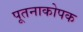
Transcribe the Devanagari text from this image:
पूतनाकोपक